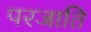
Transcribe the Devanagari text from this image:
परजाति